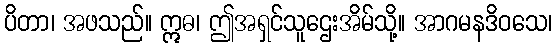
ပိတာ၊ အဖသည်။ ဣဓ၊ ဤအရှင်သူဌေးအိမ်သို့။ အာဂမနဒိဝသေ၊